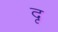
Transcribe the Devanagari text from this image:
दृ